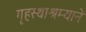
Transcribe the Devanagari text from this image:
गृहस्थाश्रम्याने